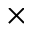
\times